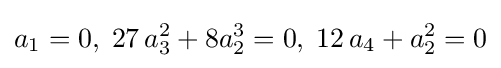
a_{1}=0,\;27\,a_{3}^{2}+8a_{2}^{3}=0,\;12\,a_{4}+a_{2}^{2}=0